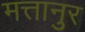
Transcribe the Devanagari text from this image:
मत्तानुर